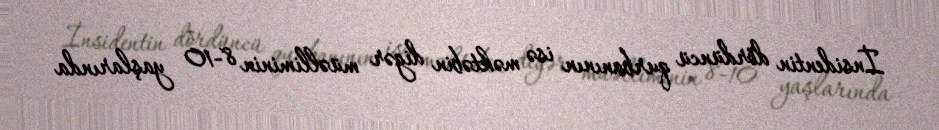
İnsidentin dördüncü qurbanının isə məktəbin digər müəlliminin 8-10 yaşlarında